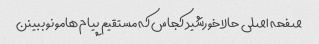
صفحه اصلی حالا خورشید کجاس که مستقیم پیام هامونو ببینن